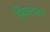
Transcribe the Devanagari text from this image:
फ़िल्च्नर